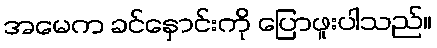
အမေက ခင်နှောင်းကို ပြောဖူးပါသည်။